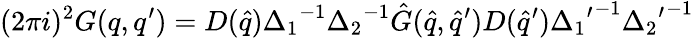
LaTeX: (2{\pi}i)^{2}G(q,q^{\prime})=D({\hat{q}}){\Delta_{1}}^{-1}{\Delta_{2}}^{-1}{\hat{G}}({\hat{q}},{\hat{q}}^{\prime})D({\hat{q}}^{\prime}){{\Delta_{1}}^{\prime}}^{-1}{{\Delta_{2}}^{\prime}}^{-1}